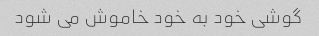
گوشی خود به خود خاموش می شود